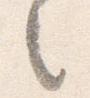
之